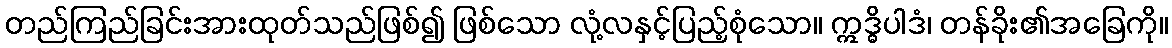
တည်ကြည်ခြင်းအားထုတ်သည်ဖြစ်၍ ဖြစ်သော လုံ့လနှင့်ပြည့်စုံသော။ ဣဒ္ဓိပါဒံ၊ တန်ခိုး၏အခြေကို။